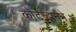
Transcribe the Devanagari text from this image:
कोर्टत्झनने